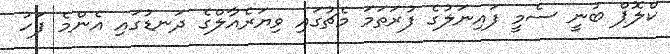
ކްލޮޕް ބުނީ ސެމީ ފައިނަލުގެ ފުރަތަމަ މެޗުގައި ވިޔަރެއާލްގެ ދަނޑުގައި އެންމެ ފަހު